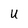
Character: U